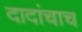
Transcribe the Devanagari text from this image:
दादांचाच